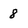
Character: 8